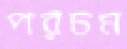
পরচম